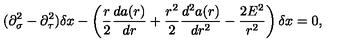
( \partial _ { \sigma } ^ { 2 } - \partial _ { \tau } ^ { 2 } ) \delta x - \left( \frac { r } { 2 } \frac { d a ( r ) } { d r } + \frac { r ^ { 2 } } { 2 } \frac { d ^ { 2 } a ( r ) } { d r ^ { 2 } } - \frac { 2 E ^ { 2 } } { r ^ { 2 } } \right) \delta x = 0 ,